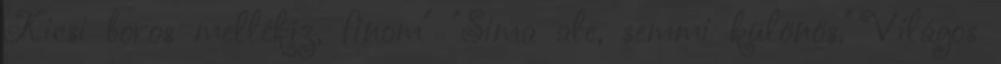
Kicsi boros mellékíz, finom" "Sima ale, semmi különös." Világos